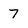
Character: 7